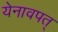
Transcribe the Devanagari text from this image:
येनावपत्